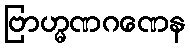
ဗြာဟ္မဏဂဏေန